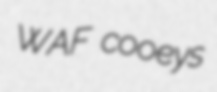
WAF cooeys